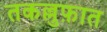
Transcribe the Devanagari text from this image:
तकल्लुफ़ात